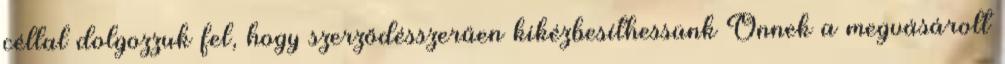
céllal dolgozzuk fel, hogy szerződésszerűen kikézbesíthessünk Önnek a megvásárolt